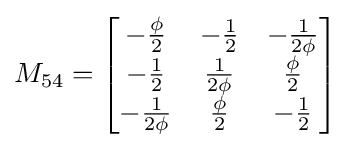
M_{54}={\begin{bmatrix}-{\frac {\phi }{2}}&-{\frac {1}{2}}&-{\frac {1}{2\phi }}\\-{\frac {1}{2}}&{\frac {1}{2\phi }}&{\frac {\phi }{2}}\\-{\frac {1}{2\phi }}&{\frac {\phi }{2}}&-{\frac {1}{2}}\end{bmatrix}}